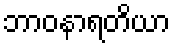
ဘာဝနာရတိယာ